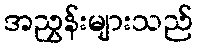
အညွှန်းများသည်